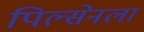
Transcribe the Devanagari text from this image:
पिल्सेनला